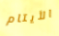
الأيتام